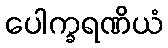
ပေါက္ခရဏိယံ